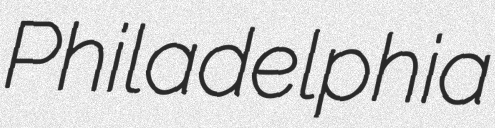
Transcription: Philadelphia